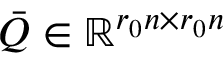
\bar { Q } \in \mathbb { R } ^ { r _ { 0 } n \times r _ { 0 } n }